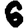
Digit: 6